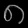
Digit: ၈